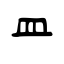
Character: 皿